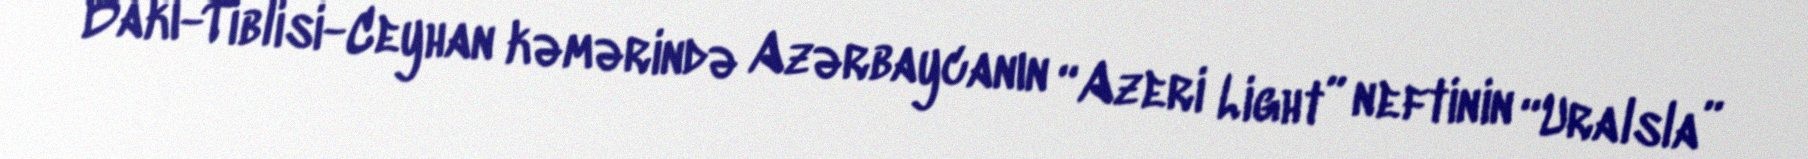
Bakı-Tiblisi-Ceyhan kəmərində Azərbaycanın “Azeri Light” neftinin “Uralsla”